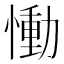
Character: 慟